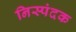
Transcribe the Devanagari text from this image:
निस्पंदक